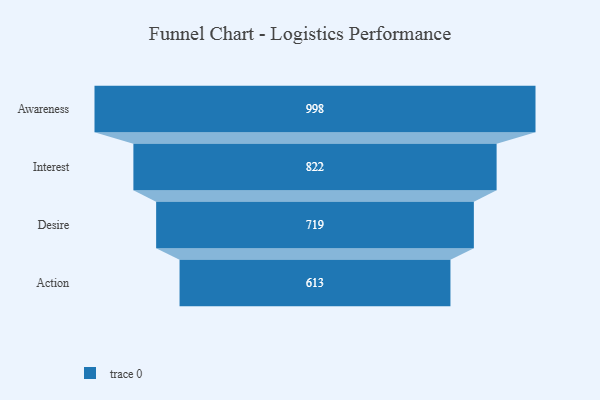
{"axis": {"x": "Stage", "y": "Value"}, "legend": [""], "data": [{"x": "Awareness", "y": 998.0, "type": ""}, {"x": "Interest", "y": 822.0, "type": ""}, {"x": "Desire", "y": 719.0, "type": ""}, {"x": "Action", "y": 613.0, "type": ""}]}